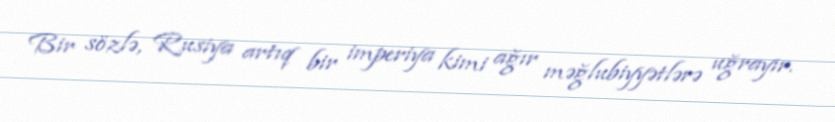
Bir sözlə, Rusiya artıq bir imperiya kimi ağır məğlubiyyətlərə uğrayır.